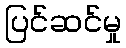
ပြင်ဆင်မှု